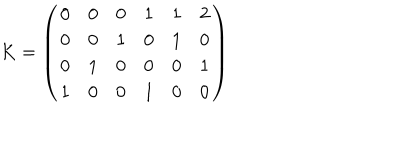
LaTeX: K = \left( \begin{matrix} { { 0 } } & { { 0 } } & { { 0 } } & { { 1 } } & { { 1 } } & { { 2 } } \\ { { 0 } } & { { 0 } } & { { 1 } } & { { 0 } } & { { 1 } } & { { 0 } } \\ { { 0 } } & { { 1 } } & { { 0 } } & { { 0 } } & { { 0 } } & { { 1 } } \\ { { 1 } } & { { 0 } } & { { 0 } } & { { 1 } } & { { 0 } } & { { 0 } } \\ \end{matrix} \right)